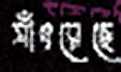
সাঁৎরেছে